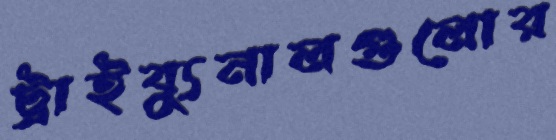
ট্রাইব্যুনালগুলোর